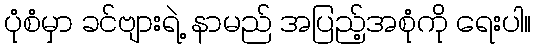
ပုံစံမှာ ခင်ဗျားရဲ့ နာမည် အပြည့်အစုံကို ရေးပါ။